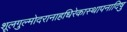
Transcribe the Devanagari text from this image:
शूलगुल्मोदरानाहधिरेकास्थापनादिषु